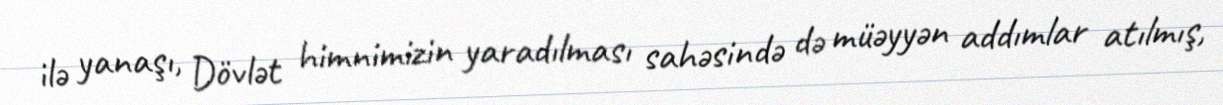
ilə yanaşı, Dövlət himnimizin yaradılması sahəsində də müəyyən addımlar atılmış,